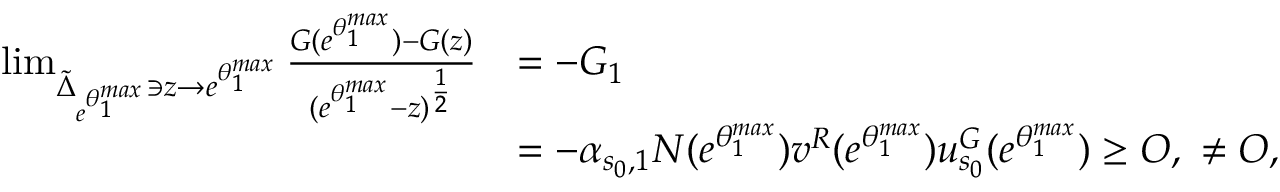
\begin{array} { r l } { \operatorname* { l i m } _ { \tilde { \Delta } _ { e ^ { \theta _ { 1 } ^ { m a x } } } \ni z \to e ^ { \theta _ { 1 } ^ { m a x } } } \frac { G ( e ^ { \theta _ { 1 } ^ { m a x } } ) - G ( z ) } { ( e ^ { \theta _ { 1 } ^ { m a x } } - z ) ^ { \frac { 1 } { 2 } } } } & { = - G _ { 1 } } \\ & { = - \alpha _ { s _ { 0 } , 1 } N ( e ^ { \theta _ { 1 } ^ { m a x } } ) \boldsymbol { v } ^ { R } ( e ^ { \theta _ { 1 } ^ { m a x } } ) \boldsymbol { u } _ { s _ { 0 } } ^ { G } ( e ^ { \theta _ { 1 } ^ { m a x } } ) \ge O , \ \ne O , } \end{array}